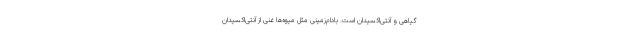
گیاهی و آنتی‌اکسیدان است. بادام‌زمینی مثل میوه‌ها غنی از آنتی‌اکسیدان